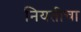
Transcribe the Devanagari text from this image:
नियतीचा